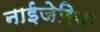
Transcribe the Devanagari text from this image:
नाईजेरिया